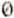
0